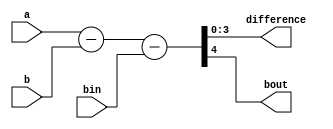
module bitSubstractor(a,b,bin,difference,bout);
  input [3:0] a,b;
  input bin;
  output [3:0]difference;
  output bout;
  assign {bout,difference}=a-b-bin;
endmodule